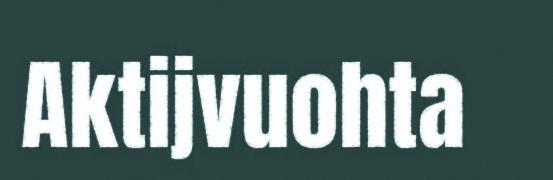
Aktijvuohta